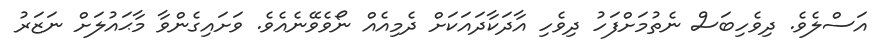
އަސްލެވެ. ދިވެހިބަސް ނެތުމަށްފަހު ދިވެހި އާދަކާދައަކަށް ދެމިއެއް ނޯވެވޭނެއެވެ. ވަށައިގެންވާ މާޙައުލަށް ނަޒަރު